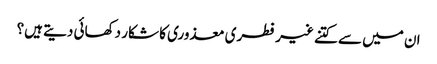
ان میں سے کتنے غیر فطری معذوری کا شکار دکھائی دیتے ہیں؟